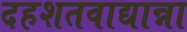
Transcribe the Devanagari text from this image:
दहशतवाद्यान्ना